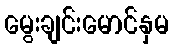
မွေးချင်းမောင်နှမ